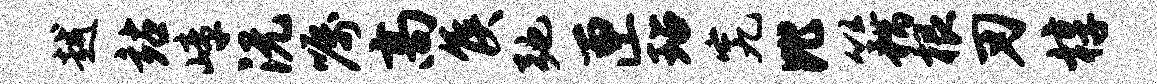
越站嶂沅嘱高侯弛匣玷究比籍根刃椁